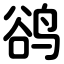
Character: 鹆